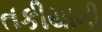
તકીયાની